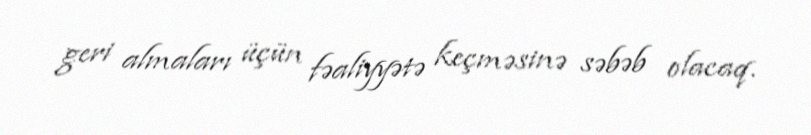
geri almaları üçün fəaliyyətə keçməsinə səbəb olacaq.